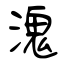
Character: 溾